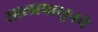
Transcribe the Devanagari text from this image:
सालापासूनचे